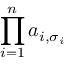
\prod _ { i = 1 } ^ { n } a _ { i , \sigma _ { i } }